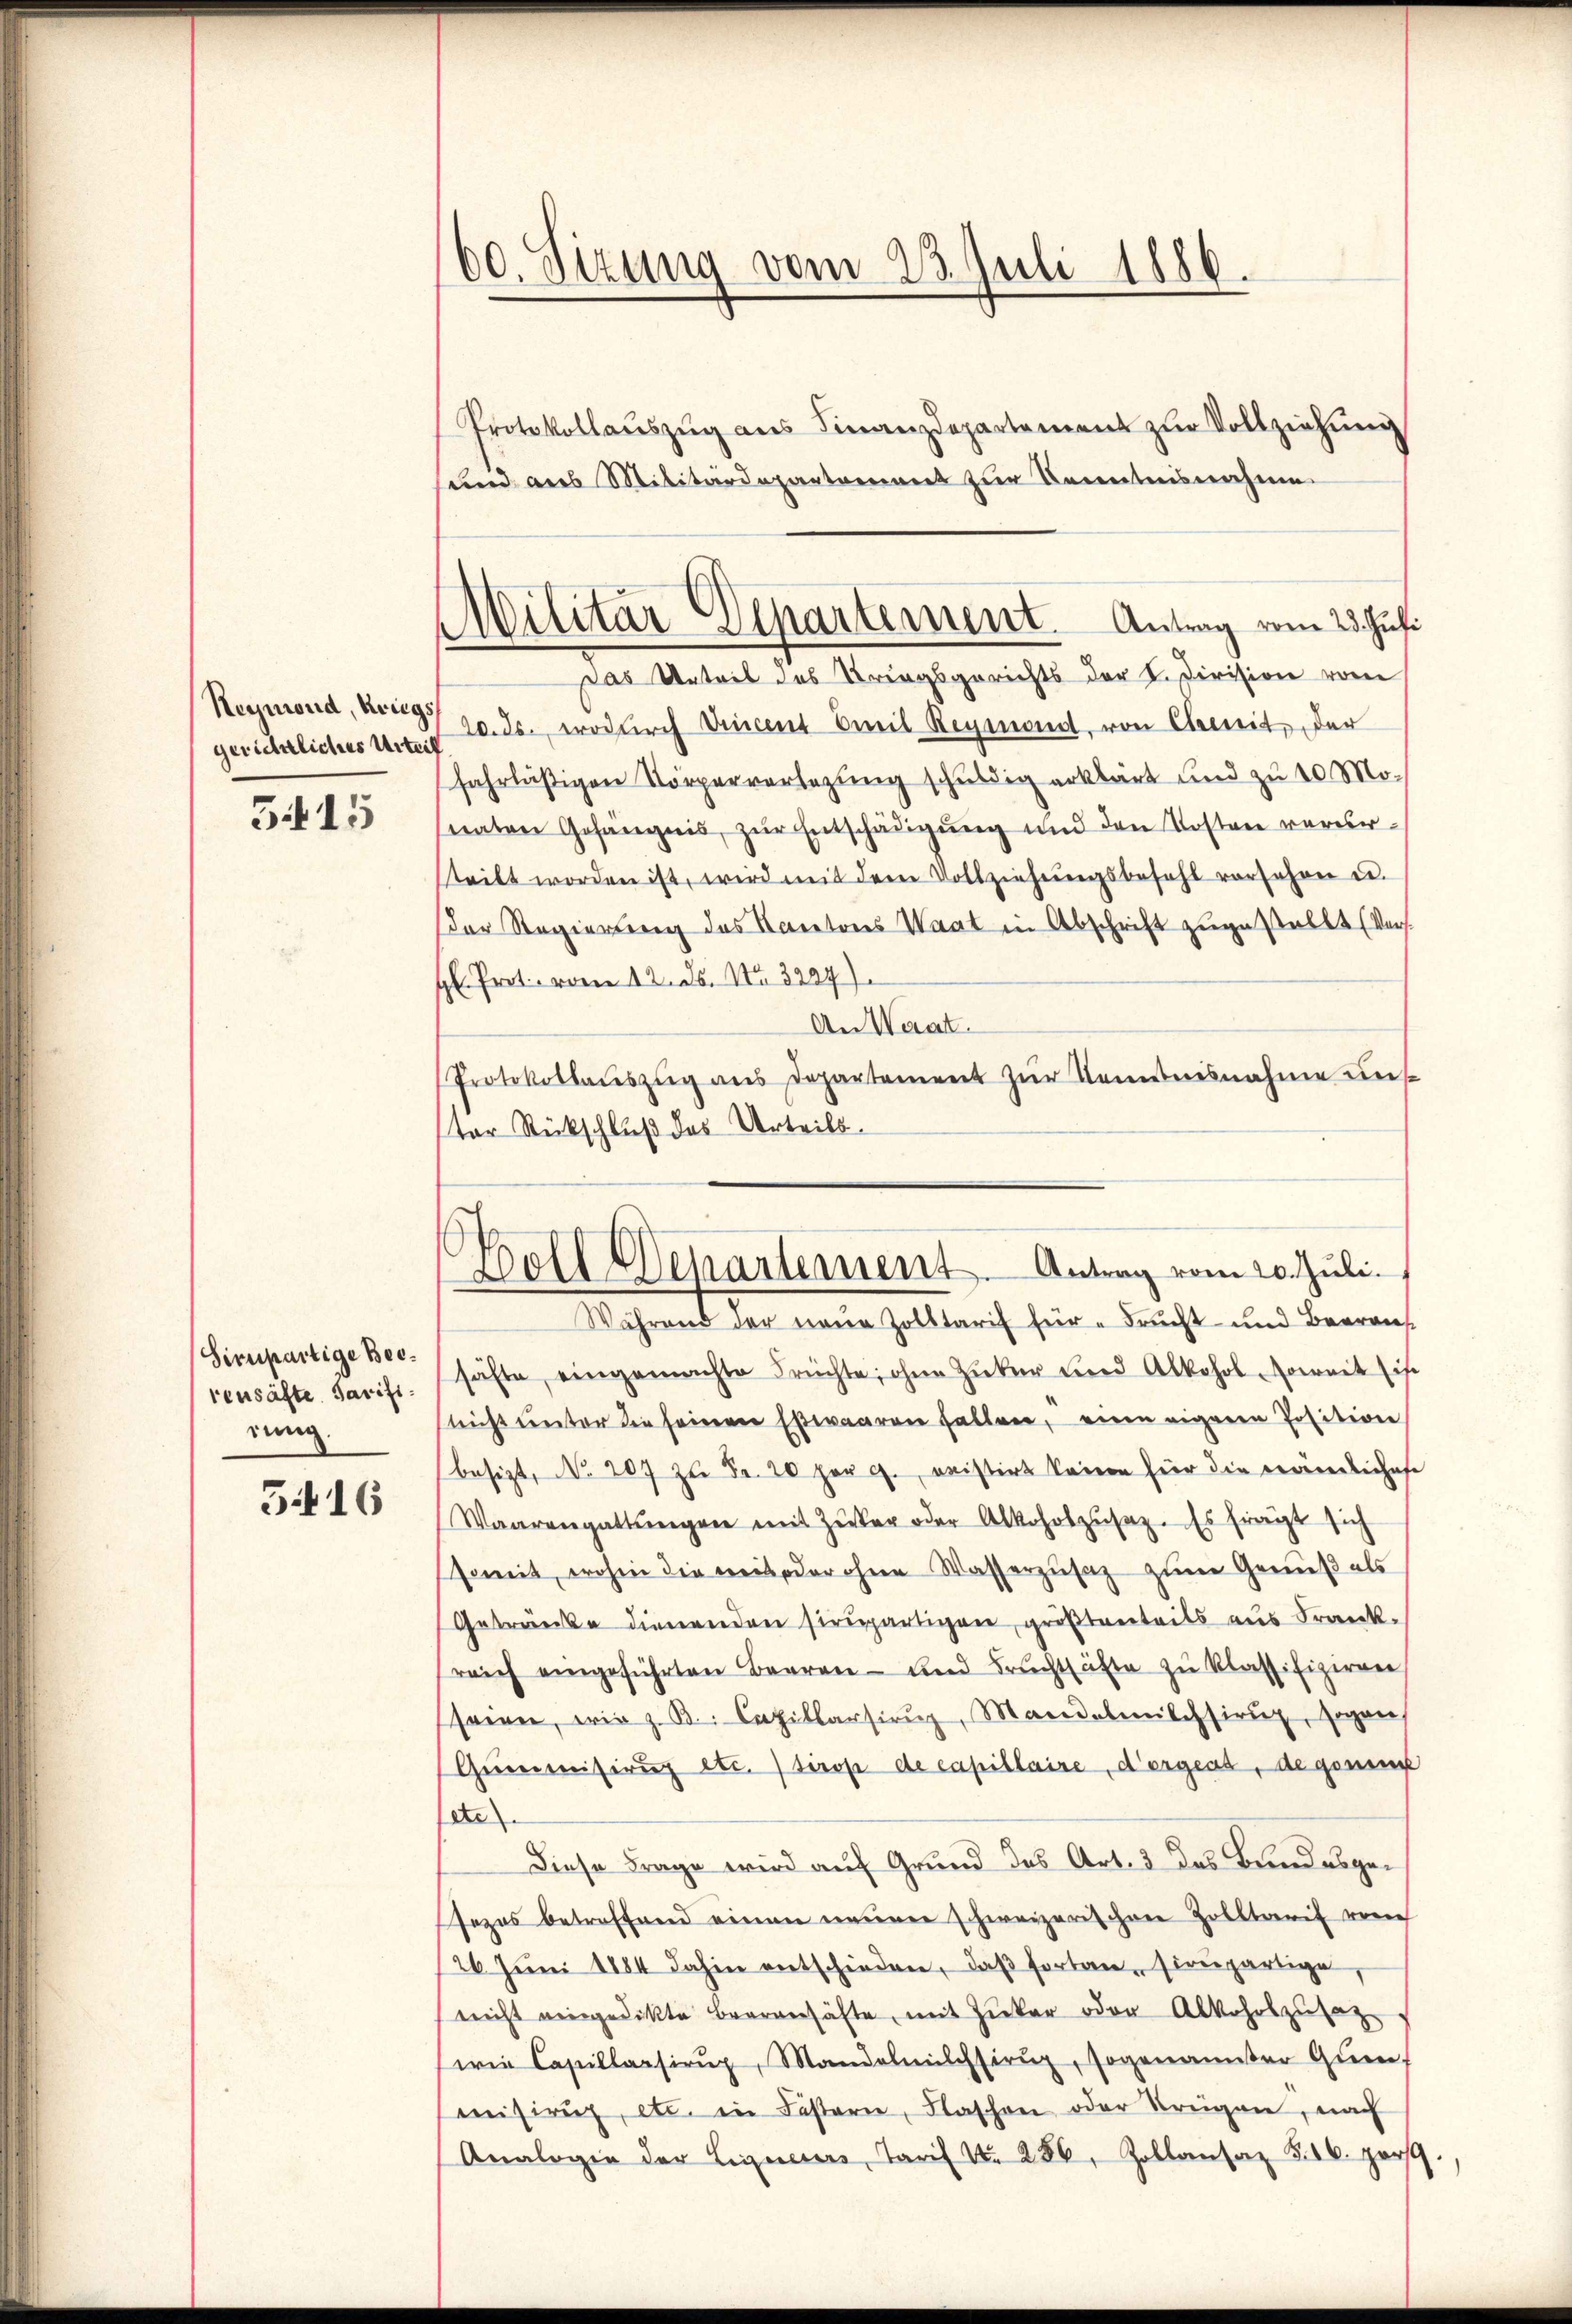
gerichtliches Urteil
3415

reusäfte Tarifirung.

5416

60. Sizung vom 23. Juli 1886.
Protokollaŭszŭg aŭs Finanzdepartement zŭr Vollziehung
sund aus Militärdepartement zur Kenntnisnahme

Militar Departement. Antrag vom 23. Juli

Das Urteil des Kriegsgerichts der L. Division vom
Reymond, Art. 20. ds., wodurch Vincent Emil Reymont, von Chemit, der
fahrläßigen Körperverlegung schuldig erklärt und zu 10 Monaten Gefängnis, zŭr Entschädigŭng und den Kosten verursteilt worden ist, wird mit dem Vollziehŭngsbefehl versehen u.
Der Regierung des Kantons Waat in Abschrift zŭgestellt (Vers
H. Prot. vom 12. ds. No. 3227)
An Waat.
Protokollaŭszŭg ans Departement zŭr Kenntnisnahme uns
tor Rückschluß des Urteils.

Holl Departement. Antrag vom 20. Juli.
Während der neue Zolltarif für Frucht und Bearant-

schienpartige Bechäfte eingemachte Früchte, ohne Zuker und Alkohol soweit ist
snicht unter die seinen Esswaaren fallen, eine eigenen Position
besizt, No 207 zu Fr. 20 par c. weistirt keine für die nämliches
Waarengattungen mit Zuker oder Alkoholzusaz. Es fragt sich
somit, wohin die weit oder ohne Wasserzusatz zum Genuß als
Getränke dienenden sirpartigen, größtenteils aus Frank.
reich eingeführten Baaren- und Fruchtsäfte zu klassifiziren
seien, wie z. B.: Capillarsieŭg, Mandalmilchsieux, sogen
Geecerisirung etc.) deros de capillaire, d’orgens, de geninge
ete
Diese Frage wird auf Grund des Art. 3 das Brandesgesezes betreffend einen einer schweizerischen Zolltarif verh
26 Jŭni 1884 dahin entschieden, daβ fortansionpartige,
nicht eingedikte Bernhäfte, mit Zucker oder Alkohrszusatz
wie Capillarsirŭg, Mandelmilchsieŭg, sogenanter Que
mnisirug, etc. in Fistern, Flaschon oder Krügen, nach
Analogie der Liquerers Tarif No 286, Zollansaz §. 16. part.